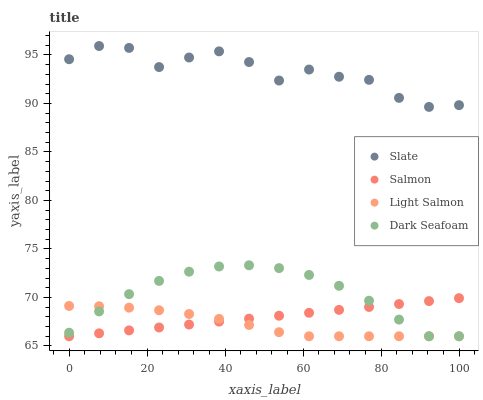
| xaxis_label | Slate | Salmon | Light Salmon | Dark Seafoam |
 | --- | --- | --- | --- | --- |
 | 0 | 94.6 | 66 | 69.1 | 66.4 |
 | 7.69 | 95.9 | 66.3 | 69.1 | 68.6 |
 | 15.4 | 95.7 | 66.6 | 68.9 | 70.3 |
 | 23.1 | 93.8 | 66.9 | 68.7 | 71.7 |
 | 30.8 | 94.7 | 67.2 | 68.3 | 72.7 |
 | 38.5 | 95.4 | 67.5 | 67.8 | 73.2 |
 | 46.2 | 94.3 | 67.8 | 67.2 | 73.3 |
 | 53.8 | 92.4 | 68.1 | 66.4 | 73 |
 | 61.5 | 93.5 | 68.4 | 66 | 72.3 |
 | 69.2 | 92.8 | 68.7 | 66 | 71.2 |
 | 76.9 | 92.4 | 69 | 66 | 69.7 |
 | 84.6 | 90.6 | 69.3 | 66 | 67.7 |
 | 92.3 | 89.6 | 69.6 | 66 | 66 |
 | 100 | 89.8 | 69.9 | 66 | 66 |